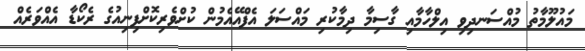
މައުލޫމާތު މުއްސަނދިވި އިލްހާމާއި ގާސިމާ ދިމާކުރި މައްސަލަ އެފްއޭއެމުން ކުށްވެރިކޮށްފިނިއުގެ ރެކޯޑާ އެއްވަރެއް